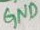
Text: GND